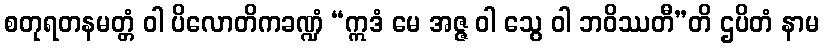
စတုရတနမတ္တံ ဝါ ပိလောတိကခဏ္ဍံ “ဣဒံ မေ အဇ္ဇ ဝါ သွေ ဝါ ဘဝိဿတီ”တိ ဌပိတံ နာမ